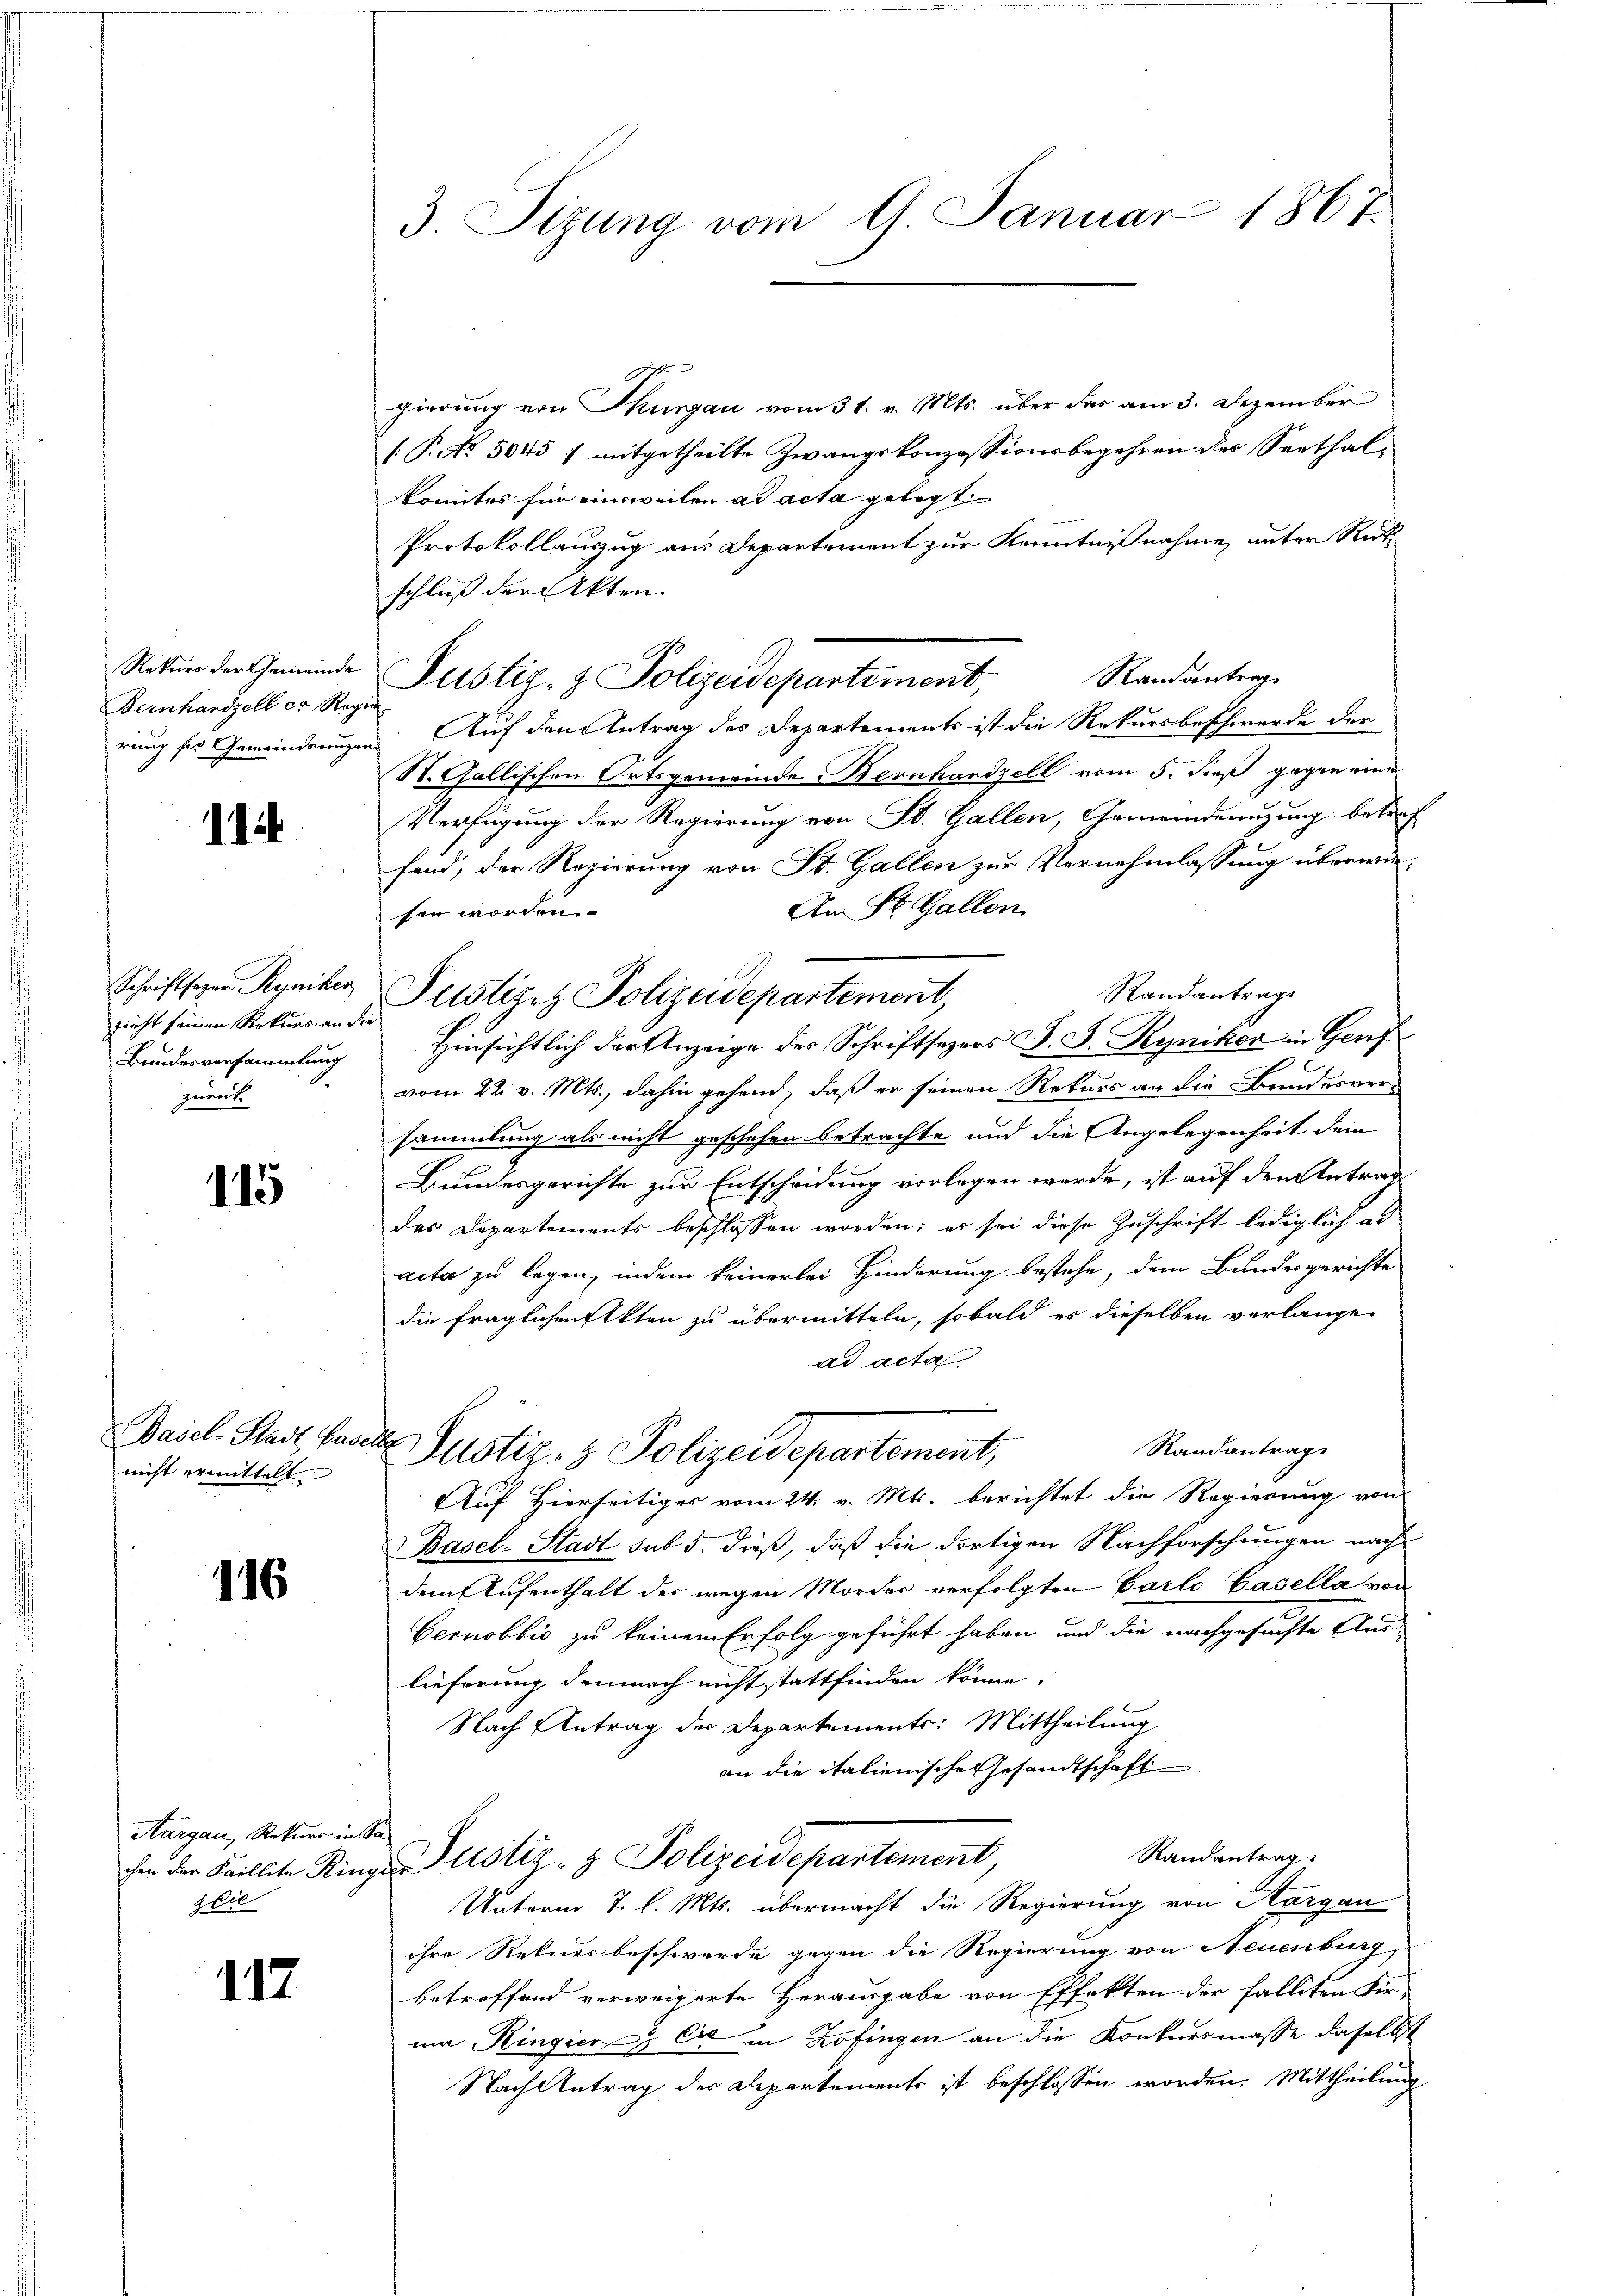
Rekurs der Gemeinde
Bernhardzell er Reg
rung für Gemeinderungen

114

Schriftsager Ryniker
zieht seinen Rekurs an d
Bundesversammlung
zweit

115

Basel-Stadt Base
nicht ermittelt

116

Aargau, Rekurs in Sa
Die

117

3. Sizung vom 9. Januar 1867.

gierung von Thurgau vom 31. v. Mts. über das am 3. Dezember
[P.No 5045 / mitgetheilte Zwangskonzessionsbegehren der Seethal-
komites für einweilen ad acta gelegt
Protokollauszug aus Departement zur Kenntnißnahme, unter Rit
schluß der Akten.
Ranantrag
Justiz- & Polizeidepartement,
.Auf den Antrag des Departements ist die Rekursbeschwerde der
St. Gallischen Ortsgemeinde Bernhandzell vom 5. dieß gegen eine
Verfügung der Regierung von St. Gallen, Gemeindenuzung betref
fand, der Regierung von St. Gallen zur Vernehmlassung überwie¬
An St. Gallen
sen worden.
Randantrage
Hinsichtlich der Anzeige des Schriftsezers F. J. Ryniker in Genf
vom 22. v. Mts., dahin gehend, daß er seinen Rekurs an die Bundesversammlung als nicht geschehen betrachte und die Angelegenheit dem
Bundesgerichte zur Entscheidung vorlegen werde, ist auf den Antrag
des Departements beschlossen worden; es sei diese Zuschrift lediglich al
acta zu legen, indem keinerlei Hinderung bestehe, dem Bundesgerichte
die fraglichenstkten zu übermitteln, sobald es dieselben verlange
ad acta
e
Randantrage
Justiz- & Polizeidepartement,
Auf Hierseitiges vom 24. v. Mts. berichtet die Regierung von
Basel-Stadt sub 5. dieß, daß die dortigen Nachforschungen nach
dem Aufenthalt des wegen Morder verfolgten Carlo Casella von
bernobbio zu keinem Erfolg geführt haben, und die nachgesuchte Auslieferung demnach nicht stattfinden könne,
Nach Antrag der Departements: Mittheilung
an die italienische Gesandtschaft
Randantrag
chen der Faillite Ringe Justiz- & Polizeidepartement,
Unterm 7. l. Mts. übermacht die Regierung von Margau
ihre Rekursbeschwerde gegen die Regierung von Neuenburg,
betreffend verweigerte Herausgabe von Effekten der falleten Fir-
ma Ringier & Cie in Zofingen an die Konkursmasse daselbst
Nach Antrag des Departements ist beschlossen worden. Mittheilung

Justizez Polizeidepartement,